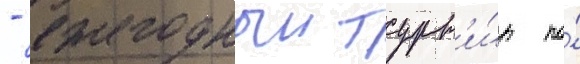
- ежегодныи турн'и́р по́